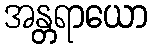
အန္တရာယော